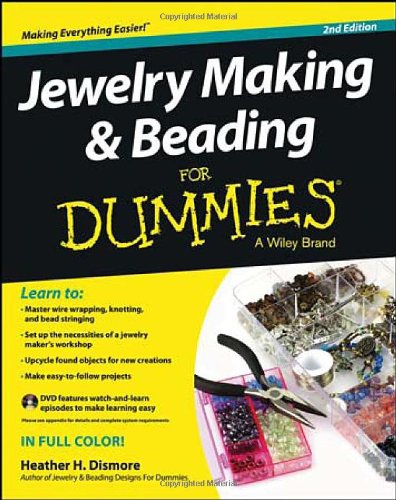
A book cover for Jewelry Making and Beading For Dummies; Heather Dismore; Crafts, Hobbies & Home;